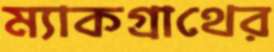
ম্যাকগ্রাথের